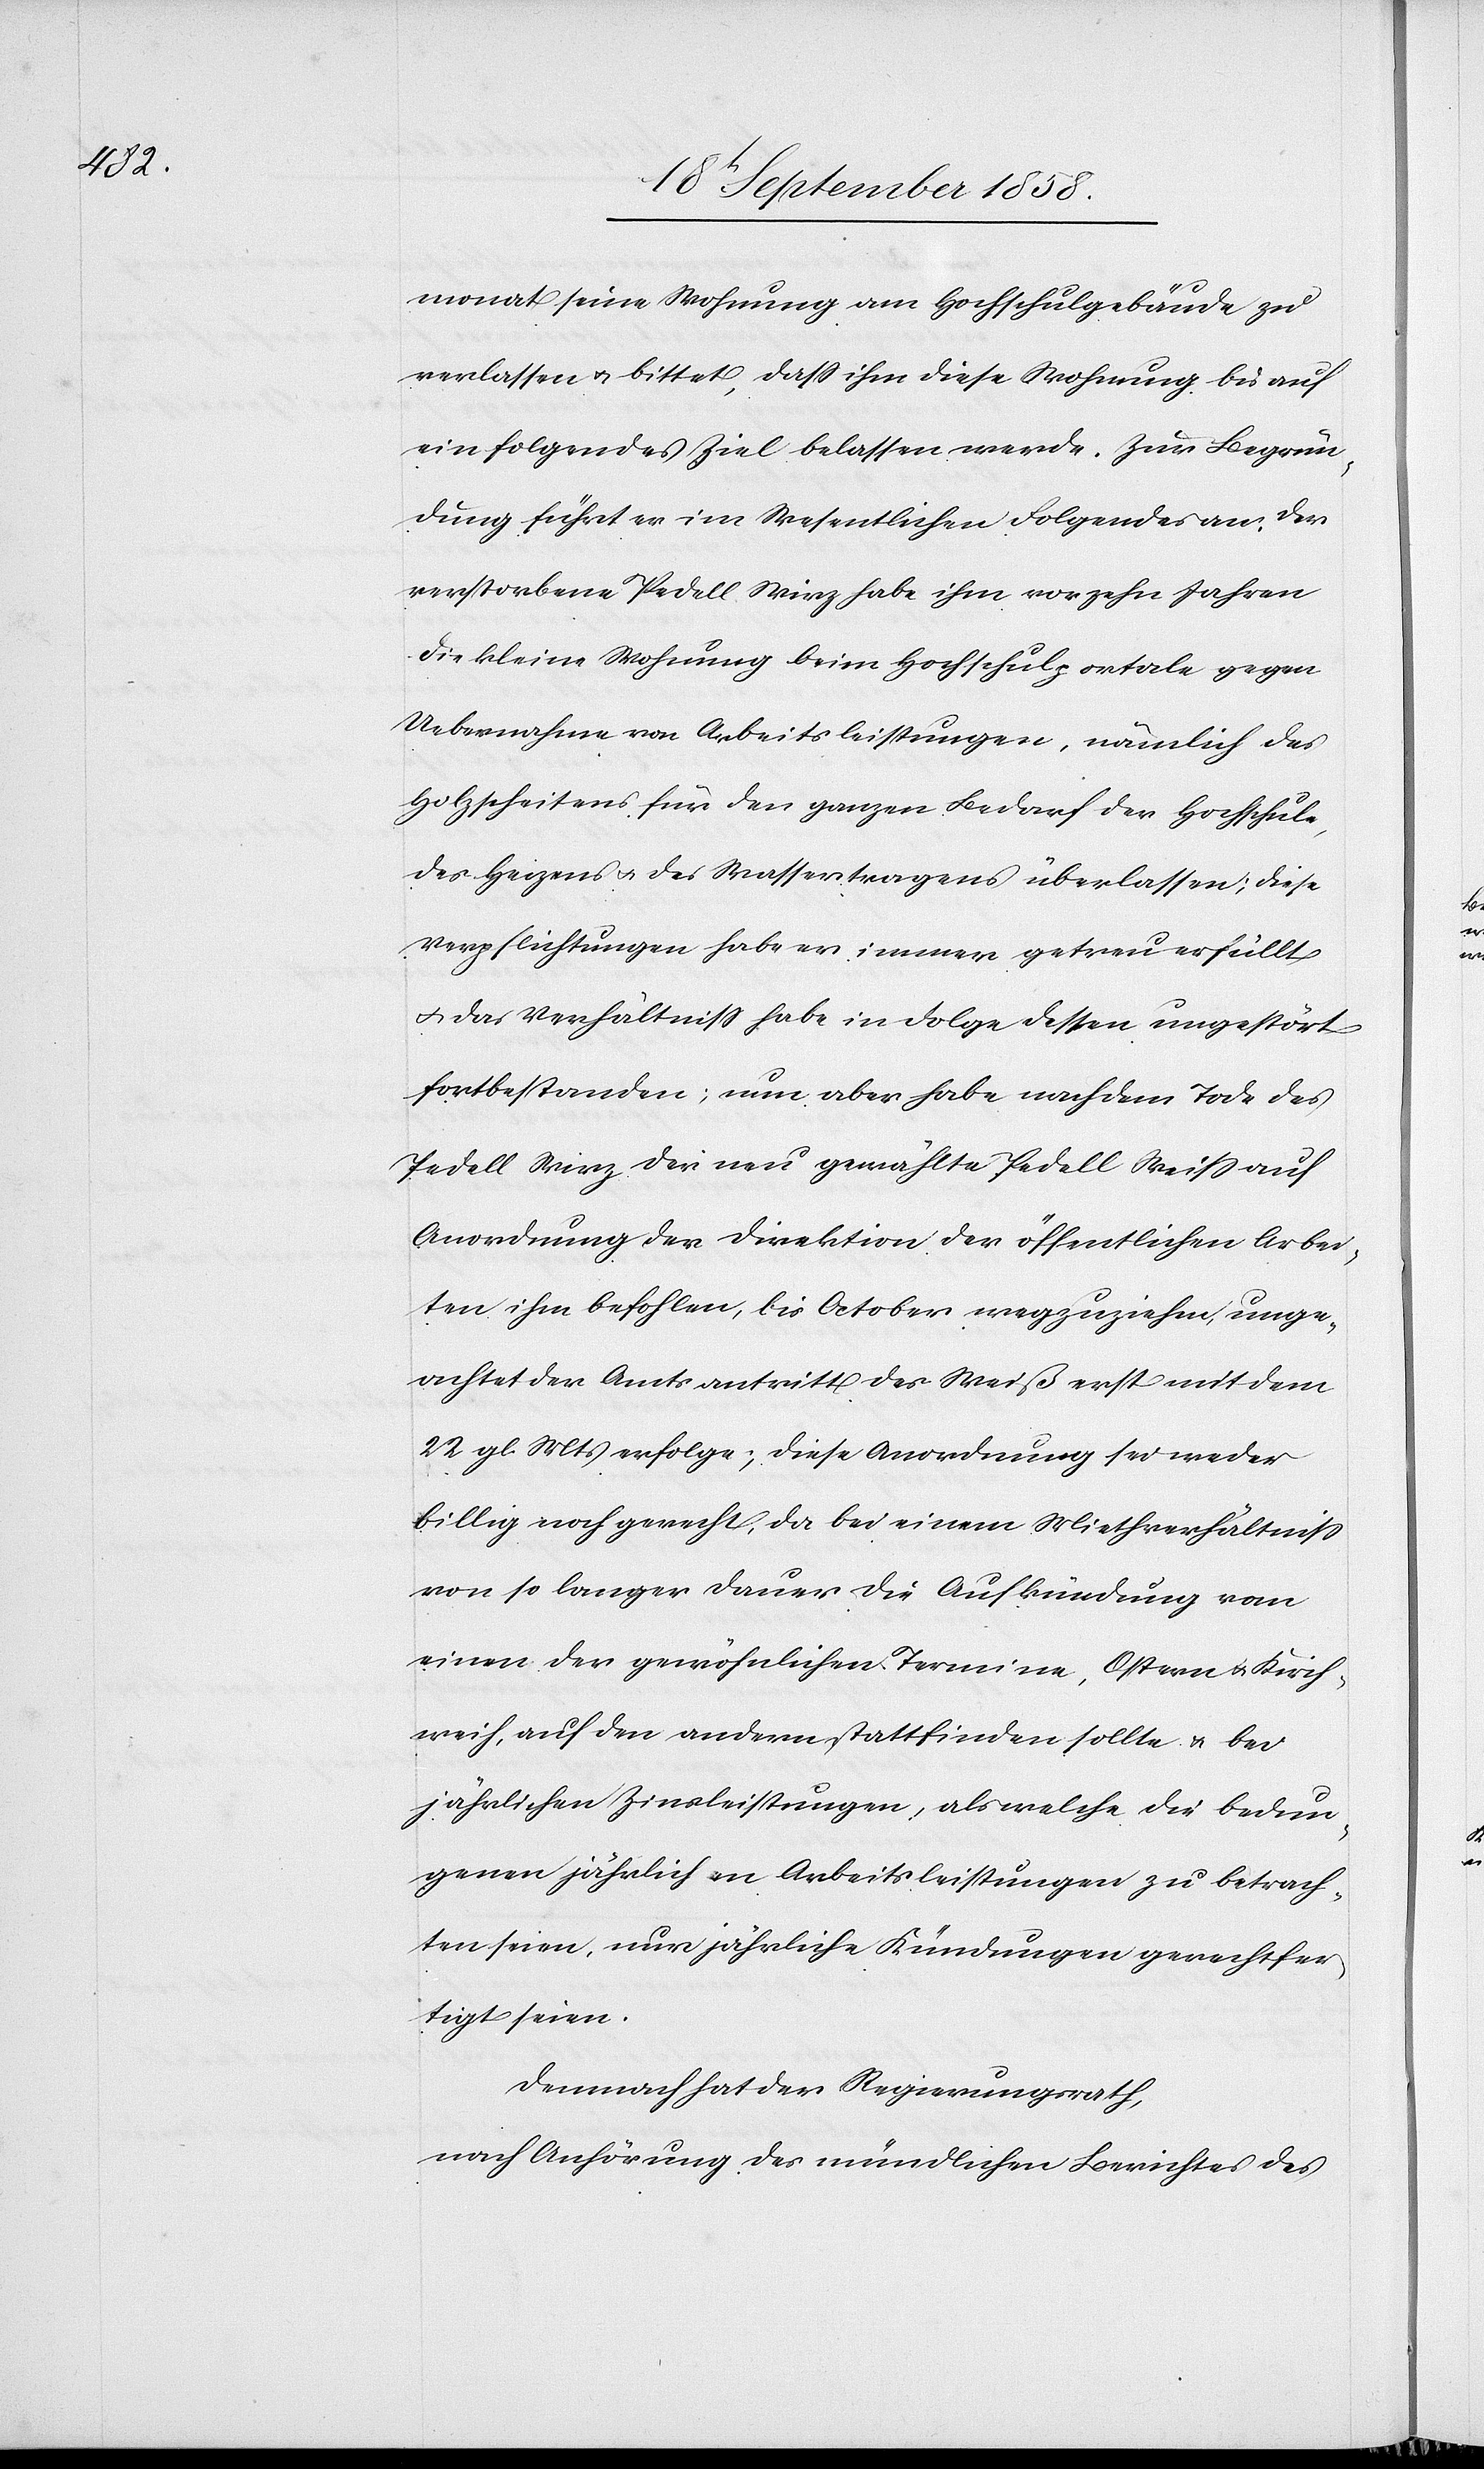
monat seine Wohnung am Hochschulgebäude zu
verlassen & bittet, dass ihm diese Wohnung bis auf
ein folgendes Ziel belassen werde. Zur Begrün¬
dung führt er im Wesentlichen Folgendes an: Der
verstorbene Pedell Wirz habe ihm vor zehn Jahren
die kleine Wohnung beim Hochschulportale gegen
Uebernahme von Arbeitsleistungen, nämlich des
Holzscheitens für den ganzen Bedarf der Hochschule,
des Heizens & des Wassertragens überlassen; diese
Verpflichtungen habe er immer getreu erfüllt
& das Verhältniss habe in Folge dessen ungestört
fortbestanden; nun aber habe nach dem Tode des
Pedell Wirz der neu gewählte Pedell Weiss auf
Anordnung der Direktion der öffentlichen Arbei¬
ten ihm befohlen, bis October wegzuziehen, unge¬
achtet der Amtsantritt des Weiß erst mit dem
22 gl. Mts erfolge; diese Anordnung sei weder
billig noch gerecht, da bei einem Miethverhältniss
von so langer Dauer die Aufkündung vom
einen der gewöhnlichen Termine, Ostern & Kirch¬
weih, auf den andern stattfinden sollte & bei
jährlichen Zinsleistungen, als welche die bedun¬
genen jährlichen Arbeitsleistungen zu betrach¬
ten seien, nur jährliche Kündungen gerechtfer¬
tigt seien.
Demnach hat der Regierungsrath,
nach Anhörung des mündlichen Berichtes des